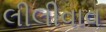
લીલીવાવ